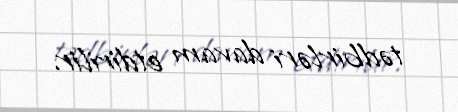
tədbirləri davam etdirilir.